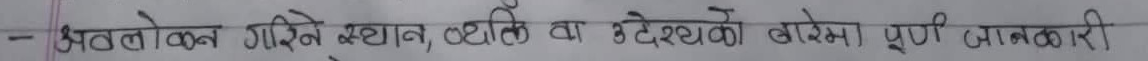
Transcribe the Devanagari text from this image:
अवलोकन गरिने स्थान, ठेगाना वा उद्देश्यको बारेमा पूर्ण जानकारी